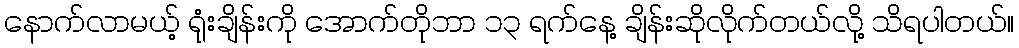
နောက်လာမယ့် ရုံးချိန်းကို အောက်တိုဘာ ၁၃ ရက်နေ့ ချိန်းဆိုလိုက်တယ်လို့ သိရပါတယ်။